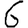
Digit: 6